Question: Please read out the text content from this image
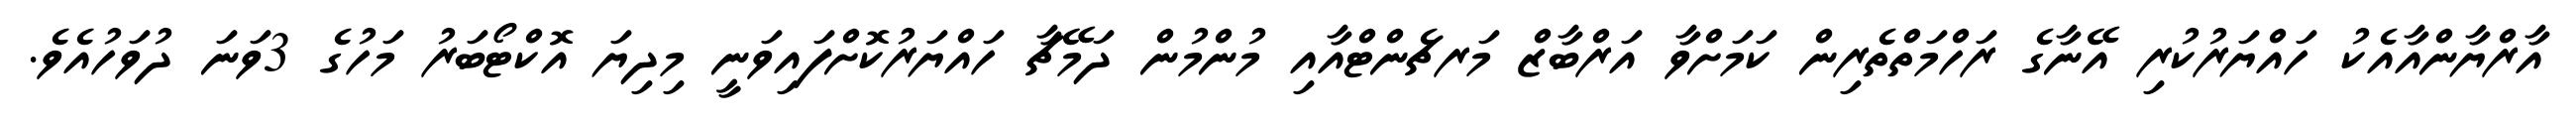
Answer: އާރްޔާންއާއެކު ހައްޔަރުކުރި އޭނާގެ ރަހްމަތްތެރިން ކަމަށްވާ އަރްބާޒް މަރޗެންޓްއާއި މުންމުން ދަމޭޗާ ހައްޔަރުކޮށްފައިވަނީ މިދިޔަ އޮކްޓޯބަރު މަހުގެ 3ވަނަ ދުވަހުއެވެ.